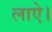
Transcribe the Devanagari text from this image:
लाऐ।